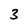
Character: 3